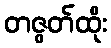
တဇွတ်ထိုး